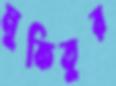
মুকিতুর